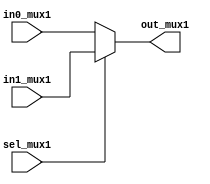
module myMUX1 (in0_mux1, in1_mux1, sel_mux1, out_mux1);
  input in0_mux1, in1_mux1, sel_mux1;
  output out_mux1;
  
  assign out_mux1 = sel_mux1 ? in1_mux1 : in0_mux1;
endmodule